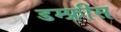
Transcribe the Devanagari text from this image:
डम्फ्रीस